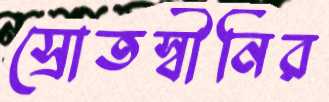
স্রোতস্বীনির